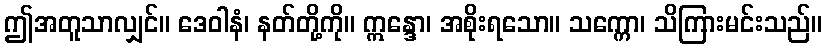
ဤအတူသာလျှင်။ ဒေဝါနံ၊ နတ်တို့ကို။ ဣန္ဒော၊ အစိုးရသော။ သက္ကော၊ သိကြားမင်းသည်။